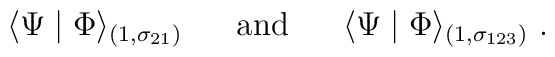
\langle \Psi \mid \Phi \rangle_{(1,\sigma_{21})}~~~~~\mbox{and}~~~~~\langle \Psi \mid \Phi \rangle_{(1,\sigma_{123})}~.